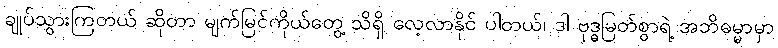
ချုပ်သွားကြတယ် ဆိုတာ မျက်မြင်ကိုယ်တွေ့ သိရှိ လေ့လာနိုင် ပါတယ်၊ ဒါ ဗုဒ္ဓမြတ်စွာရဲ့ အဘိဓမ္မာမှာ